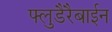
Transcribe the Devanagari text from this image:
फ्लुडैरैबाईन